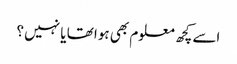
اسے کچھ معلوم بھی ہوا تھا یا نہیں ؟